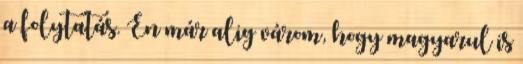
a folytatás. Én már alig várom, hogy magyarul is